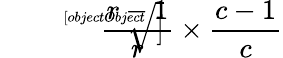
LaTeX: \sqrt[[objectObject]]{{\frac{r-1}{r}}\times{\frac{c-1}{c}}}